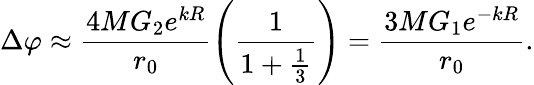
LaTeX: \Delta\varphi\approx\frac{4MG_{2}e^{kR}}{r_{0}}\left(\frac{1}{1+\frac{1}{3}}\right)=\frac{3MG_{1}e^{-kR}}{r_{0}}.